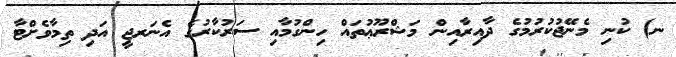
ނ) ކުނި މެނޭޖުކުރުމުގެ ދާއިރާއިން މަޝްރޫޢުތައް ހިންގުމާއި ސަރުކާރުގެ އެނަރޖީ އަދި ތިމާވެށްޓާ